Report of an investigation of the epidemic of malarial fever in Assam, or, kala-azar
Disease focus: Malaria
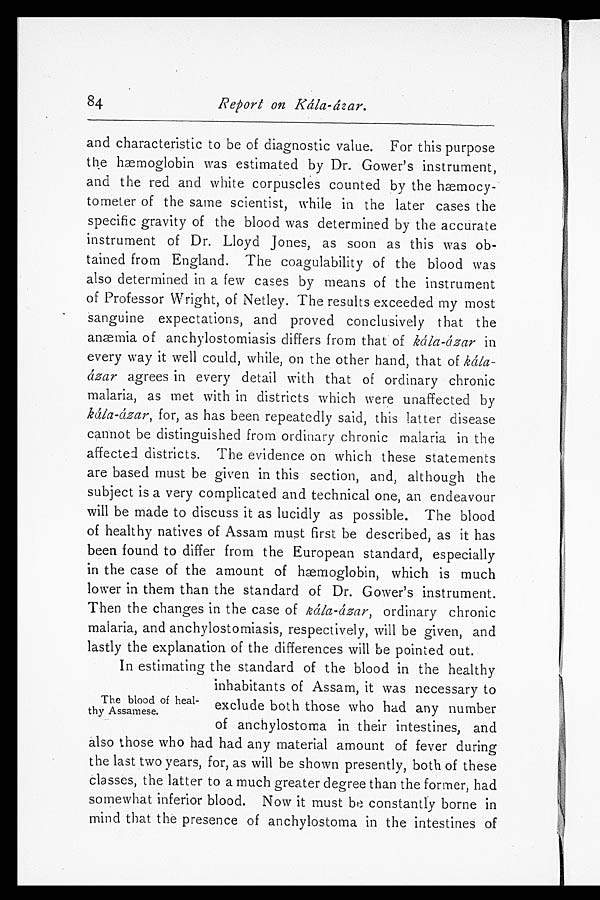
84
Report on Kála-ázar.
and characteristic to be of diagnostic value. For this purpose
the hæmoglobin was estimated by Dr. Gower's instrument,
and the red and white corpuscles counted by the hæmocy
-tometer of the same scientist, while in the later cases the
specific gravity of the blood was determined by the accurate
instrument of Dr. Lloyd Jones, as soon as this was ob
-tained from England. The coagulability of the blood was
also determined in a few cases by means of the instrument
of Professor Wright, of Netley. The results exceeded my most
sanguine expectations, and proved conclusively that the
anæmia of anchylostomiasis differs from that of kála-ázar in
every way it well could, while, on the other hand, that of Kál
a - á z a r
agrees in every detail with that of ordinary chronic
malaria, as met with in districts which were unaffected by
kála-ázar, for, as has been repeatedly said, this latter disease
cannot be distinguished from ordinary chronic malaria in the
affected districts. The evidence on which these statements
are based must be given in this section, and, although the
subject is a very complicated and technical one, an endeavour
will be made to discuss it as lucidly as possible. The blood
of healthy natives of Assam must first be described, as it has
been found to differ from the European standard, especially
in the case of the amount of hæmoglobin, which is much
lower in them than the standard of Dr. Gower's instrument.
Then the changes in the case of Kál á - á z a r ,
o r d i n a r y c h r o n i c
malaria, and anchylostomiasis, respectively, will be given, and
lastly the explanation of the differences will be pointed out.
In estimating the standard of the blood in the healthy
inhabitants of Assam, it was necessary to
The blood of heal- exclude both those who had any number
thy Assam ese.
of anchylostorna in their intestines, and
also those who had had any material amount of fever during
the last two years, for, as will be shown presently, both of these
classes, the latter to a much greater degree than the former, had
somewhat inferior blood. Now it must be constantly borne in
mind that the presence of anchylostoma in the intestines of